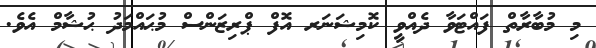
މި މުބާރާތް ފައްޓަވާ ދެއްވީ ކޮމިޝަނަރ އޮފް ޕްރިޒަންސް މުޙައްމަދު ޙުޝާމް އެވެ.